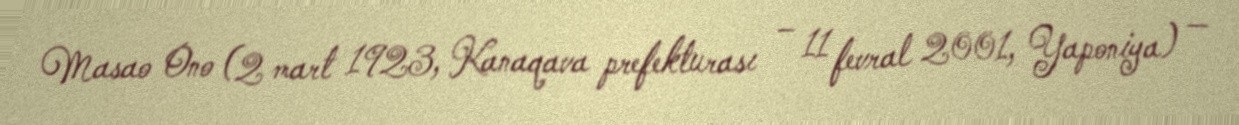
Masao Ono (2 mart 1923, Kanaqava prefekturası – 11 fevral 2001, Yaponiya) —